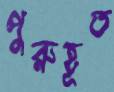
পুরুহূত